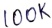
Text: 100K